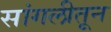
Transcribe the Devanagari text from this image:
सांगलीतून